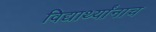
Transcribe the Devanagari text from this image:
विद्यार्थ्यांनाच